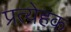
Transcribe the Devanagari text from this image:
प्रत्येहक